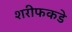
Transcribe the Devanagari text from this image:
शरीफकडे